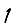
Digit: 1